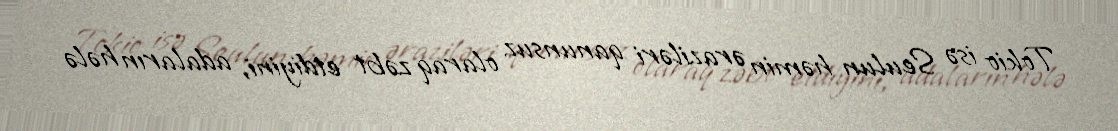
Tokio isə Seulun həmin əraziləri qanunsuz olaraq zəbt etdiyini, adaların hələ